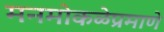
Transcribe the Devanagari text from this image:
मनमोकळेप्रमाणे